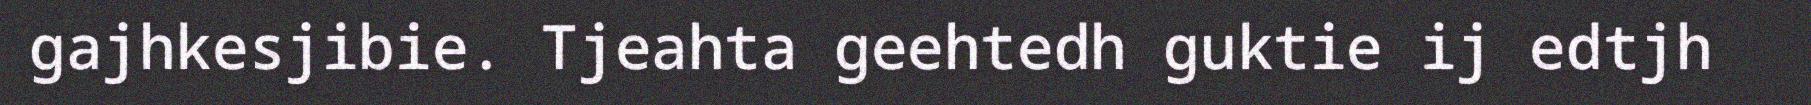
gajhkesjibie. Tjeahta geehtedh guktie ij edtjh